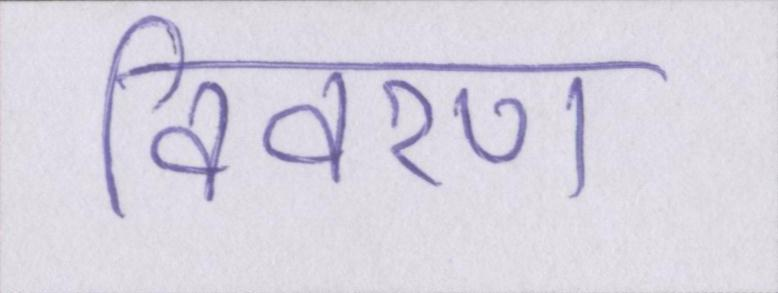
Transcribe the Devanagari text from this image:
विवरण